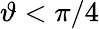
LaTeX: \vartheta<\pi/4